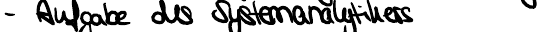
- Aufgabe des Systemanalytikers